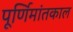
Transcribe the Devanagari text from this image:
पूर्णिमांतकाल